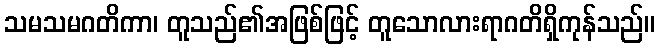
သမသမဂတိကာ၊ တူသည်၏အဖြစ်ဖြင့် တူသောလားရာဂတိရှိကုန်သည်။